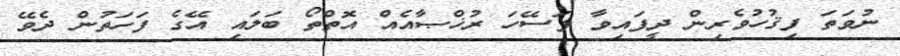
ނުވަތަ ފިޤުހުވެރިން ދީފައިވާ ފަސޭހަ ރުޚްޞާއެއް އޮތްތޯ ބަލައި އޭގެ ފަހަތުން ދެވޭ